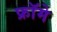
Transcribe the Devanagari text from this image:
फ्रॉमे